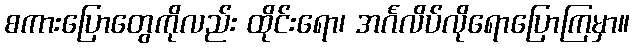
စကားပြောတွေကိုလည်း ထိုင်းရော၊ အင်္ဂလိပ်လိုရောပြောကြမှာ။